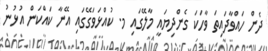
ދެން ހައްވާދައިތަ ވާހަކަ ގެންދިޔައީ މާލޭގައި މ. ކުއްޅަވަގޭގައި އޭނާ ކައްކަން އުޅުނު